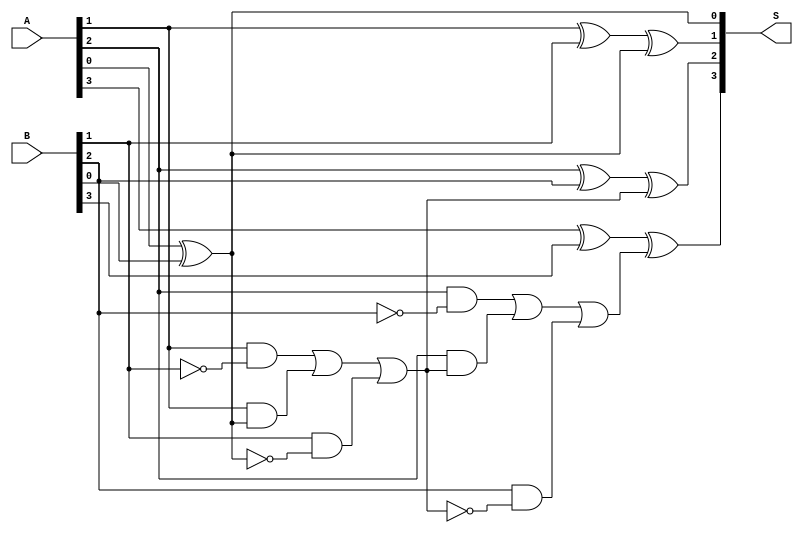
module subtractor (
    input [3:0] A,
    input [3:0] B,
    output reg [3:0] S
);

reg [4:0] C;

assign C[0] = 1'b0;
assign C[1] = A[0] ^ B[0];
assign C[2] = (A[1] & ~B[1]) | (A[1] & C[1]) | (B[1] & ~C[1]);
assign C[3] = (A[2] & ~B[2]) | (A[2] & C[2]) | (B[2] & ~C[2]);
assign C[4] = (A[3] & ~B[3]) | (A[3] & C[3]) | (B[3] & ~C[3]);

assign S[0] = A[0] ^ B[0] ^ C[0];
assign S[1] = A[1] ^ B[1] ^ C[1];
assign S[2] = A[2] ^ B[2] ^ C[2];
assign S[3] = A[3] ^ B[3] ^ C[3];

endmodule